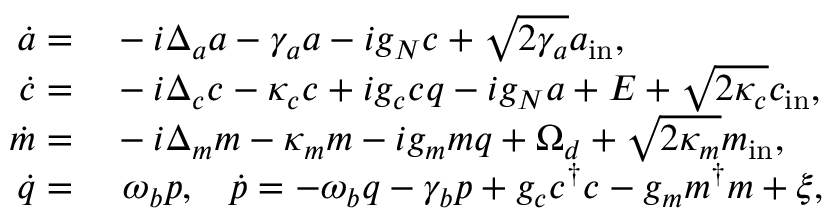
\begin{array} { r l } { \dot { a } = } & { { } - i \Delta _ { a } a - \gamma _ { a } a - i g _ { N } c + \sqrt { 2 \gamma _ { a } } a _ { \mathrm { i n } } , } \\ { \dot { c } = } & { { } - i \Delta _ { c } c - \kappa _ { c } c + i g _ { c } c q - i g _ { N } a + E + \sqrt { 2 \kappa _ { c } } c _ { \mathrm { i n } } , } \\ { \dot { m } = } & { { } - i \Delta _ { m } m - \kappa _ { m } m - i g _ { m } m q + \Omega _ { d } + \sqrt { 2 \kappa _ { m } } m _ { \mathrm { i n } } , } \\ { \dot { q } = } & { { } \ \omega _ { b } p , \, \, \, \, \, \dot { p } = - \omega _ { b } q - \gamma _ { b } p + g _ { c } c ^ { \dagger } c - g _ { m } m ^ { \dagger } m + \xi , } \end{array}